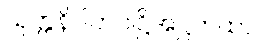
သုတ္တနိပါတပါဋ္ဌိအဋ္ဌကထာ